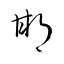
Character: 邯